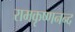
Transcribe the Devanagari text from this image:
रामकृष्णनन्द